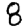
Digit: 8